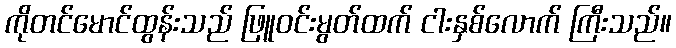
ကိုတင်မောင်ထွန်းသည် ဖြူဝင်းမွတ်ထက် ငါးနှစ်လောက် ကြီးသည်။